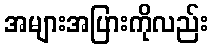
အများအပြားကိုလည်း